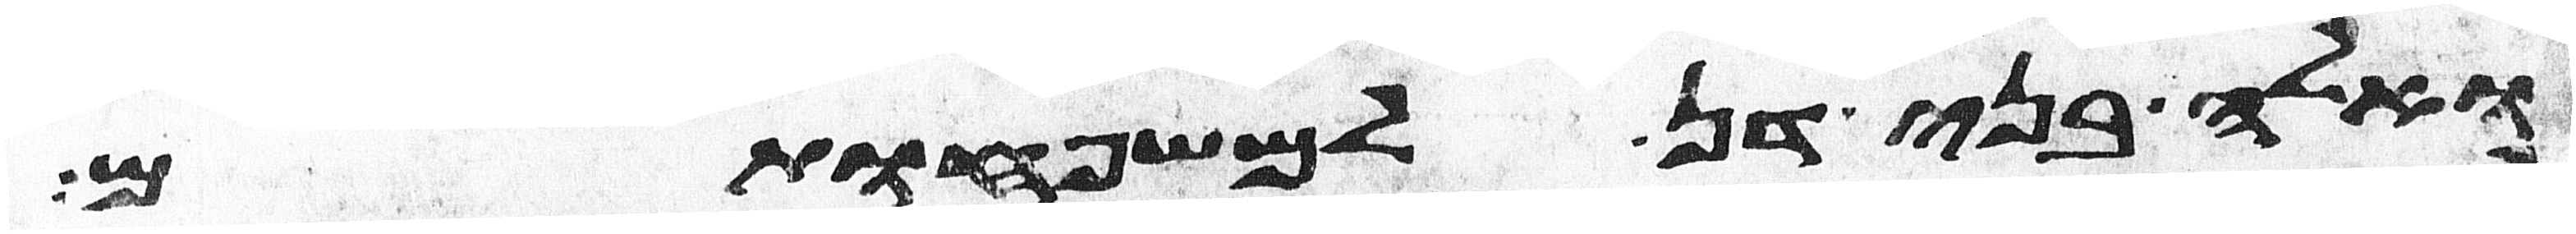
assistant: ואלה בני דן למשפחותם